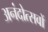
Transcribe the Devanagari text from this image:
अनंदोत्सवों